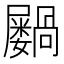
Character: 𫵭